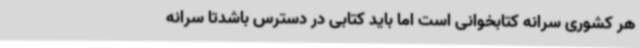
هر کشوری سرانه کتابخوانی است اما باید کتابی در دسترس باشدتا سرانه